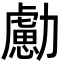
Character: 勴